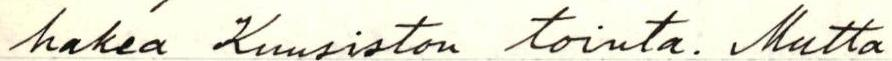
hakea Kuusiston tointa. Mutta